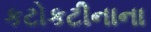
કટોકટીનાના